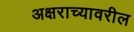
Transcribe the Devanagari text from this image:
अक्षराच्यावरील